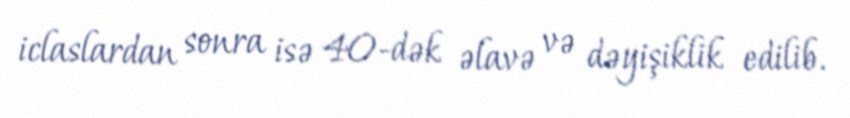
iclaslardan sonra isə 40-dək əlavə və dəyişiklik edilib.